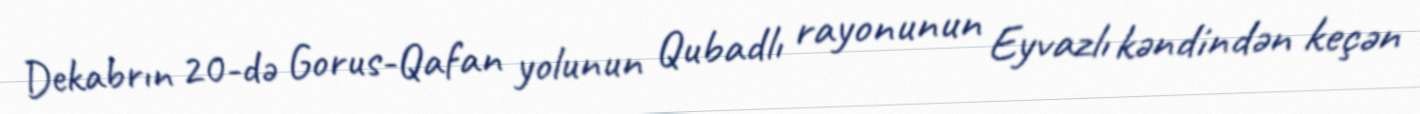
Dekabrın 20-də Gorus-Qafan yolunun Qubadlı rayonunun Eyvazlı kəndindən keçən